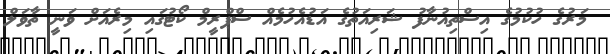
މަރުގެ ހުކުމުގެ އިސްތިއުނާފު ޝަރިއަތުގެ އަޑުއެހުމެއް ސްޕްރީމް ކޯޓުގައި މިރެއަށް ވަނީ ތާވަލް